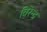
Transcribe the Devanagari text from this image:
विरेन्‍द्र